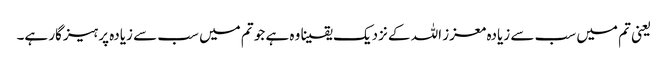
‌ یعنی تم میں سب سے زیادہ معزز اللہ کے نزدیک یقینا وہ ہے جو تم میں سب سے زیادہ پرہیزگار ہے۔